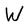
Character: W